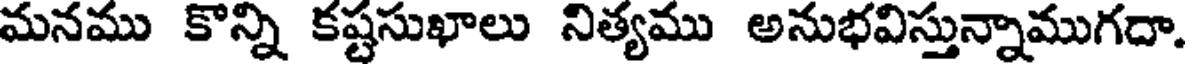
మనము కొన్ని కష్టసుఖాలు నిత్యము అనుభవిస్తున్నాముగదా.